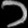
Digit: ၁